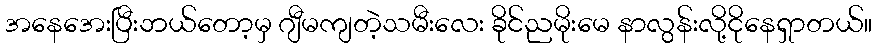
အနေအေးပြီးဘယ်တော့မှ ဂျီမကျတဲ့သမီးလေး ခိုင်ညမိုးမေ နာလွန်းလို့ငိုနေရှာတယ်။